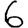
Digit: 6